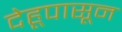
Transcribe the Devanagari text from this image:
देहूपासून